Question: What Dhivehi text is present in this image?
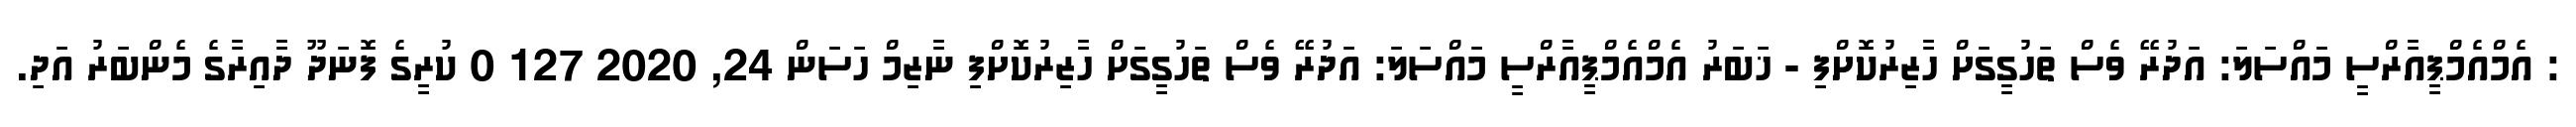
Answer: : އެމްއެމްޕީއާރްސީ މައްސަލަ: އަދުރޭ ވެސް ތަހުގީގަށް ހާޒިރުކޮށްފި - ޚަބަރު އެމްއެމްޕީއާރްސީ މައްސަލަ: އަދުރޭ ވެސް ތަހުގީގަށް ހާޒިރުކޮށްފި ނާޒިމް ހަސަން 24, 2020 127 0 ކުރީގެ ފޮނަދޫ ދާއިރާގެ މެންބަރު އަދި.